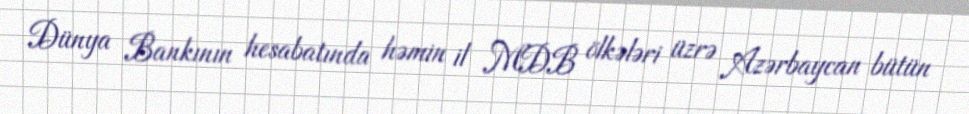
Dünya Bankının hesabatında həmin il MDB ölkələri üzrə Azərbaycan bütün